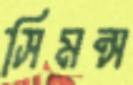
সিমন্স